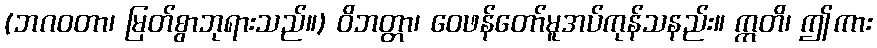
(ဘဂဝတာ၊ မြတ်စွာဘုရားသည်။) ဝိဘတ္တာ၊ ဝေဖန်တော်မူအပ်ကုန်သနည်း။ ဣတိ၊ ဤကား